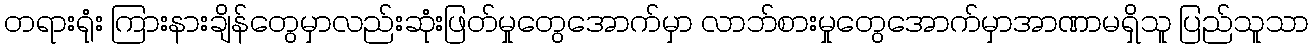
တရားရုံး ကြားနားချိန်တွေမှာလည်းဆုံးဖြတ်မှုတွေအောက်မှာ လာဘ်စားမှုတွေအောက်မှာအာဏာမရှိသူ ပြည်သူသာ